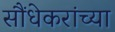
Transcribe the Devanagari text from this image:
सौंधेकरांच्या